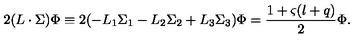
2 ( L \cdot \Sigma ) \Phi \equiv 2 ( - L _ { 1 } \Sigma _ { 1 } - L _ { 2 } \Sigma _ { 2 } + L _ { 3 } \Sigma _ { 3 } ) \Phi = \frac { 1 + \varsigma ( l + q ) } { 2 } \Phi .